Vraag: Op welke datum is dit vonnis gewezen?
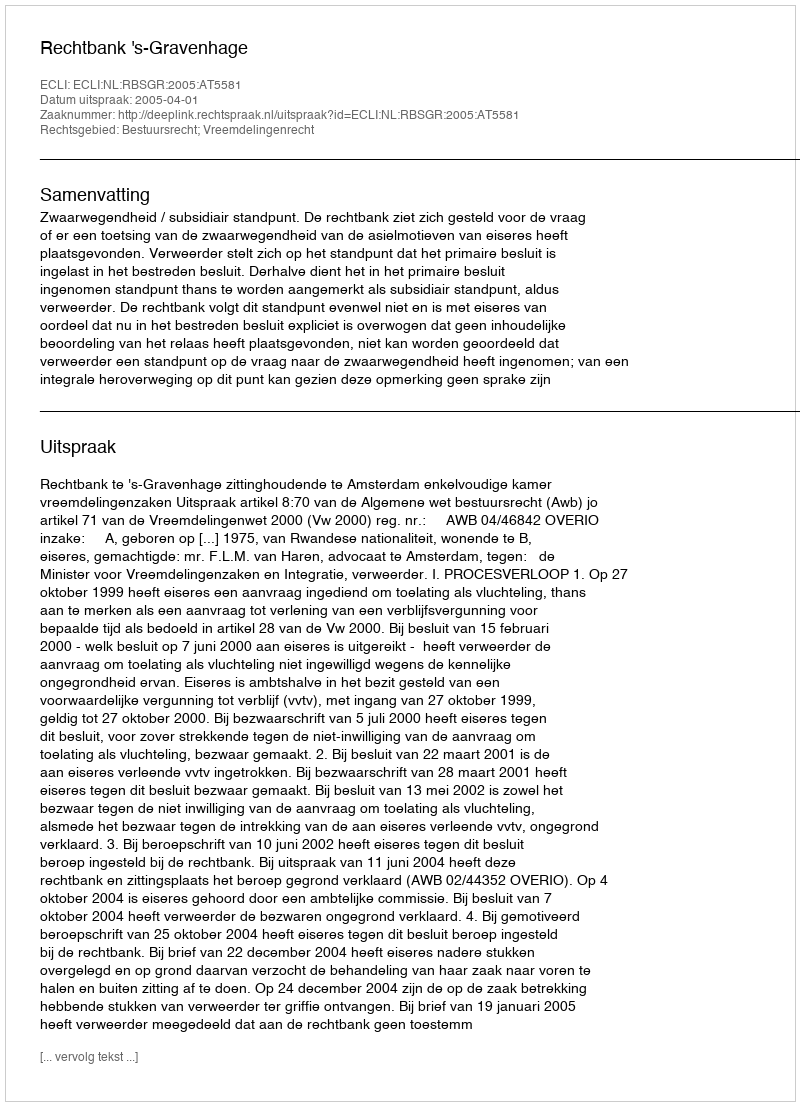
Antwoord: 2005-04-01